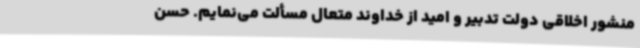
منشور اخلاقی دولت تدبیر و امید از خداوند متعال مسألت می‌نمایم. حسن